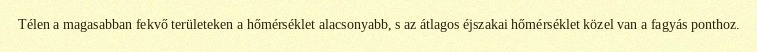
Télen a magasabban fekvő területeken a hőmérséklet alacsonyabb, s az átlagos éjszakai hőmérséklet közel van a fagyás ponthoz.